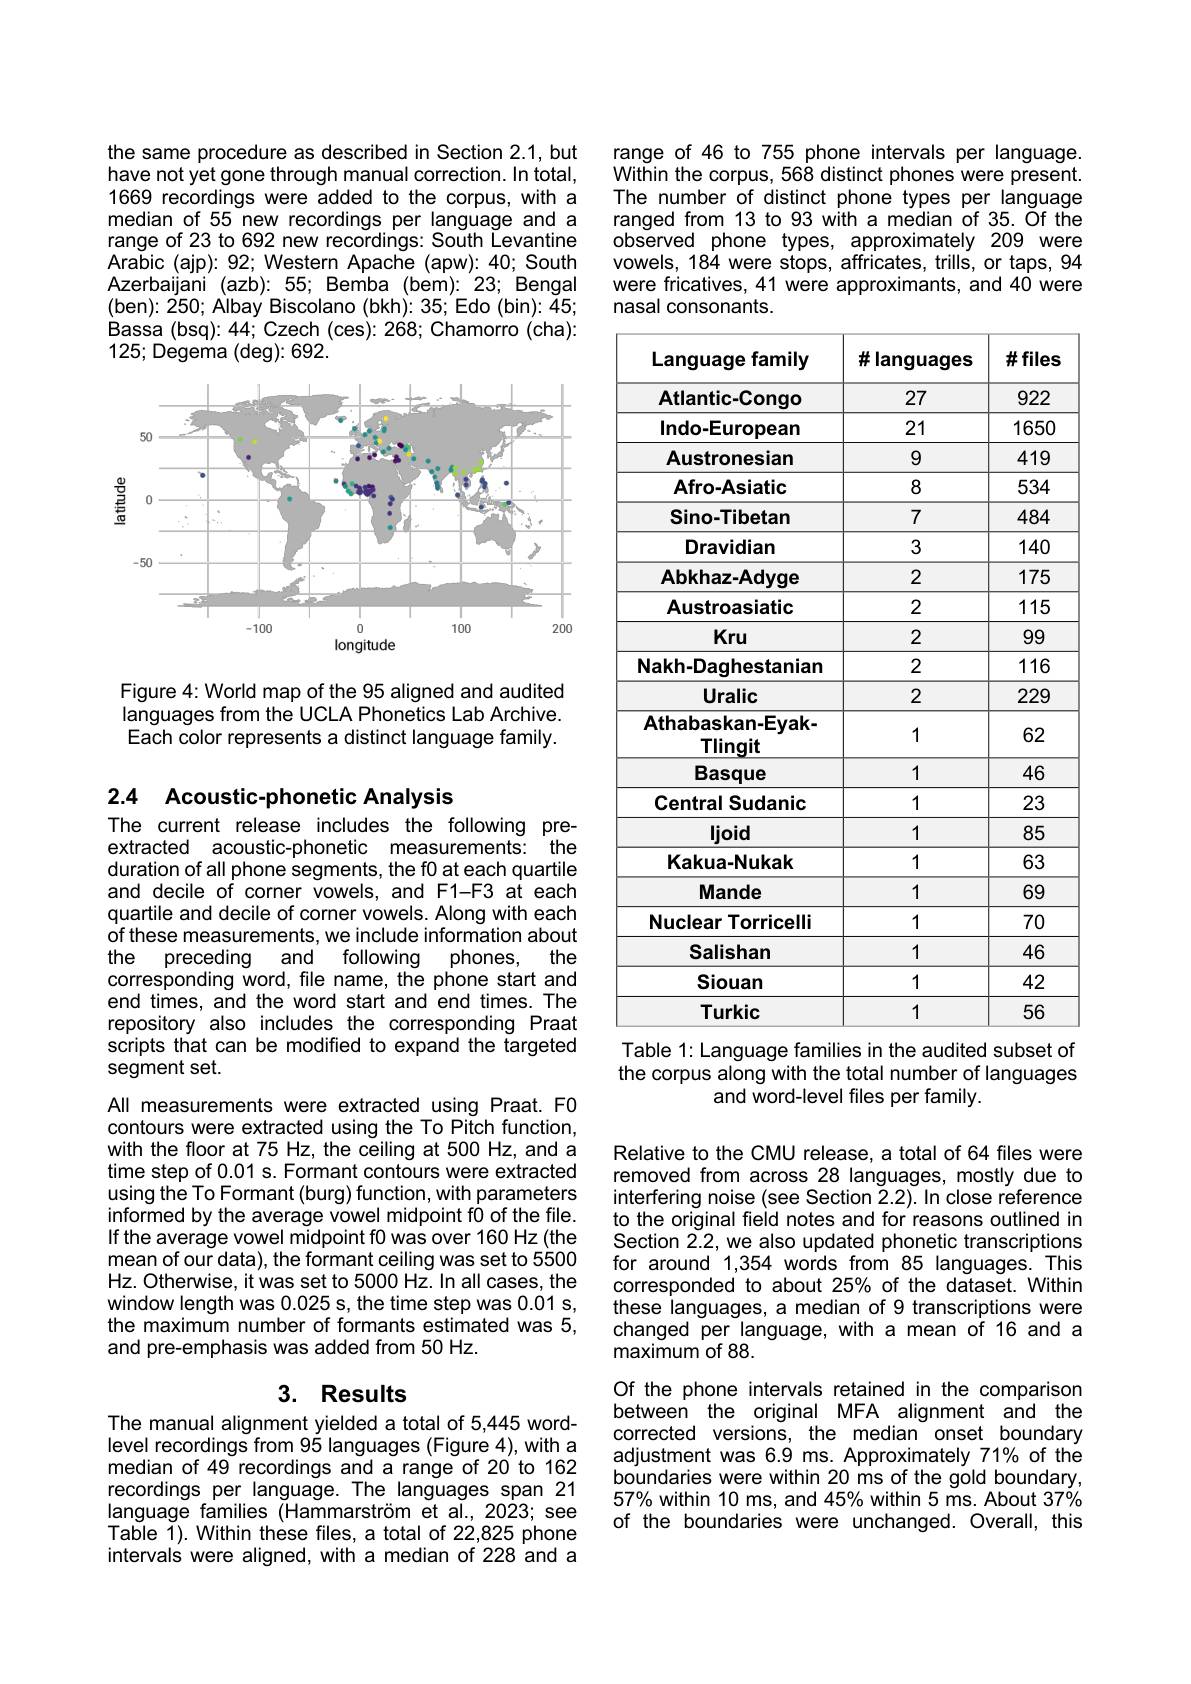
the same procedure as described in Section 2.1, but have not yet gone through manual correction. In total, 1669 recordings were added to the corpus, with a median of 55 new recordings per language and a range of 23 to 692 new recordings: South Levantine Arabic (ajp): 92; Western Apache (apw): 40; South Azerbaijani (azb): 55; Bemba (bem): 23; Bengal (ben): 250; Albay Biscolano (bkh): 35; Edo (bin): 45; Bassa (bsq): 44; Czech (ces): 268; Chamorro (cha): 125; Degema (deg): 692.

<FigureHere>

Figure 4: World map of the 95 aligned and audited languages from the UCLA Phonetics Lab Archive. Each color represents a distinct language family.

## 2.4 Acoustic-phonetic Analysis

The current release includes the following preextracted acoustic-phonetic measurements: the duration of all phone segments, the f0 at each quartile and decile of corner vowels, and F1-F3 at each quartile and decile of corner vowels. Along with each of these measurements, we include information about the preceding
and following phones, the
corresponding word, file name, the phone start and end times, and the word start and times. The repository also includes the corresponding Praat scripts that can be modified to expand the targeted segment set.
All measurements were extracted using Praat. F0 contours were extracted using the To Pitch function, with the floor at 75 Hz, the ceiling at 500 Hz, and a time step of 0.01 s. Formant contours were extracted using the To Formant (burg) function, with parameters informed by the average vowel midpoint fO of the file. If the average vowel midpoint fO was over 160 Hz (the mean of our data), the formant ceiling was set to 5500 Hz. Otherwise, it was set to 5000 Hz. In all cases, the window length was 0.025 s, the time step was 0.01 s, the maximum number of formants estimated was 5, and pre-emphasis was added from 50 Hz.

## 3. Results

The manual alignment yielded a total of 5,445 wordlevel recordings from 95 languages (Figure 4), with a median of 49 recordings and a range of 20'to 162 recordings per language. The languages span 21 language families (Hammarström et al.,2023; see Tabie Y). Within thèse files, a total of 22,825 phone intervals were aligned, with a median of 228 and a

range of 46 to 755 phone intervals per language Within the corpus, 568 distinct phones were present. The number of distinct phone types per language ranged from 13 to 93 with a median of 35. Of the observed phone types, approximately 209 were vowels, 184 were stops, affricates, trills, or taps, 94 were fricatives, 41 were approximants, and 40 were nasal consonants.

<table>
	<tbody>
		<tr>
			<th>Language family</th>
			<th>#languages</th>
			<th>#files</th>
		</tr>
		<tr>
			<td>Atlantic-Congo</td>
			<td>27</td>
			<td>922</td>
		</tr>
		<tr>
			<td>Indo-European</td>
			<td>21</td>
			<td>1650</td>
		</tr>
		<tr>
			<td>Austronesian</td>
			<td>9</td>
			<td>419</td>
		</tr>
		<tr>
			<td>Afro-Asiatic</td>
			<td>8</td>
			<td>534</td>
		</tr>
		<tr>
			<td>Sino-Tibetan</td>
			<td>7</td>
			<td>484</td>
		</tr>
		<tr>
			<td>Dravidian</td>
			<td>3</td>
			<td>140</td>
		</tr>
		<tr>
			<td>Abkhaz-Adyge</td>
			<td>2</td>
			<td>175</td>
		</tr>
		<tr>
			<td>Austroasiatic</td>
			<td>2</td>
			<td>115</td>
		</tr>
		<tr>
			<td>Kru</td>
			<td>2</td>
			<td>999</td>
		</tr>
		<tr>
			<td>Nakh-Daghestanian</td>
			<td>2</td>
			<td>116</td>
		</tr>
		<tr>
			<td>Uralic</td>
			<td>2</td>
			<td>229</td>
		</tr>
		<tr>
			<td>Athabaskan-Eyak- Tlinqit</td>
			<td>1</td>
			<td>62</td>
		</tr>
		<tr>
			<td>Basque</td>
			<td>1</td>
			<td>46</td>
		</tr>
		<tr>
			<td>Central Sudanic</td>
			<td>1</td>
			<td>23</td>
		</tr>
		<tr>
			<td>ljoid</td>
			<td>1</td>
			<td>85</td>
		</tr>
		<tr>
			<td>Kakua-Nukak</td>
			<td>1</td>
			<td>63</td>
		</tr>
		<tr>
			<td>Mande</td>
			<td>1</td>
			<td>69</td>
		</tr>
		<tr>
			<td>Nuclear Torricelli</td>
			<td>1</td>
			<td>70</td>
		</tr>
		<tr>
			<td>Salishan</td>
			<td>1</td>
			<td>46</td>
		</tr>
		<tr>
			<td>Siouan</td>
			<td>1</td>
			<td>42</td>
		</tr>
		<tr>
			<td>Turkic</td>
			<td>1</td>
			<td>56</td>
		</tr>
	</tbody>
</table>
Table 1: Language families in the audited subset of

the corpus along with the total number of languages
and word-level files per family.

Relative to the CMU release, a total of 64 files were removed from across 28 languages, mostly due to interfering noise (see Section $\bar{2}.2).$ In close reference to the original field notes and for reasons outlined in Section 2.2, we also updated phonetic transcriptions for around 1,354 words from 85 languages. This corresponded to about 25% of the dataset. Within these languages, a median of 9 transcriptions were changed per language, with a mean of 16 and a maximum of 88
Of the phone intervals retained in the comparison between the original MFA alignment and the corrected versions, the median onset boundary adjustment was 6.9 ms. Approximately 71% of the boundaries were within 20 ms of the góld boundary $57\%$ within 10 ms, and 45% within 5 ms. About 37% of the boundaries were unchanged. Overall, this